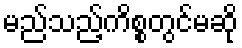
မည်သည့်ကိစ္စတွင်မဆို